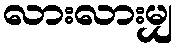
လားလားမျှ